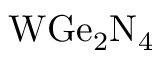
\mathrm { W G e _ { 2 } N _ { 4 } }